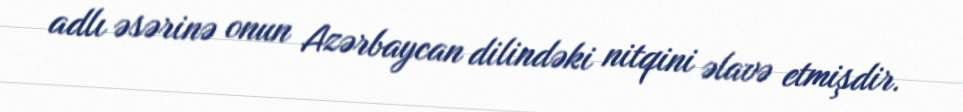
adlı əsərinə onun Azərbaycan dilindəki nitqini əlavə etmişdir.